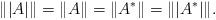
LaTeX: \begin{align*}\|| A | \| = \|A \|= \| A^{*} \| = \| | A^{*} | \|.\end{align*}